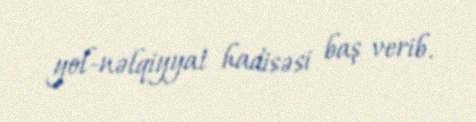
yol-nəlqiyyat hadisəsi baş verib.